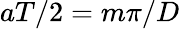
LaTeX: aT/2=m\pi/D